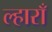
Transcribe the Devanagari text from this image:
ल्हाराँ